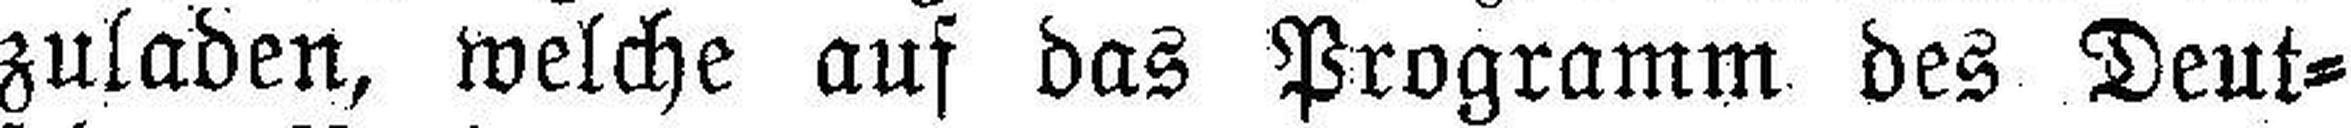
zuladen, welche auf das Programm des Deut¬